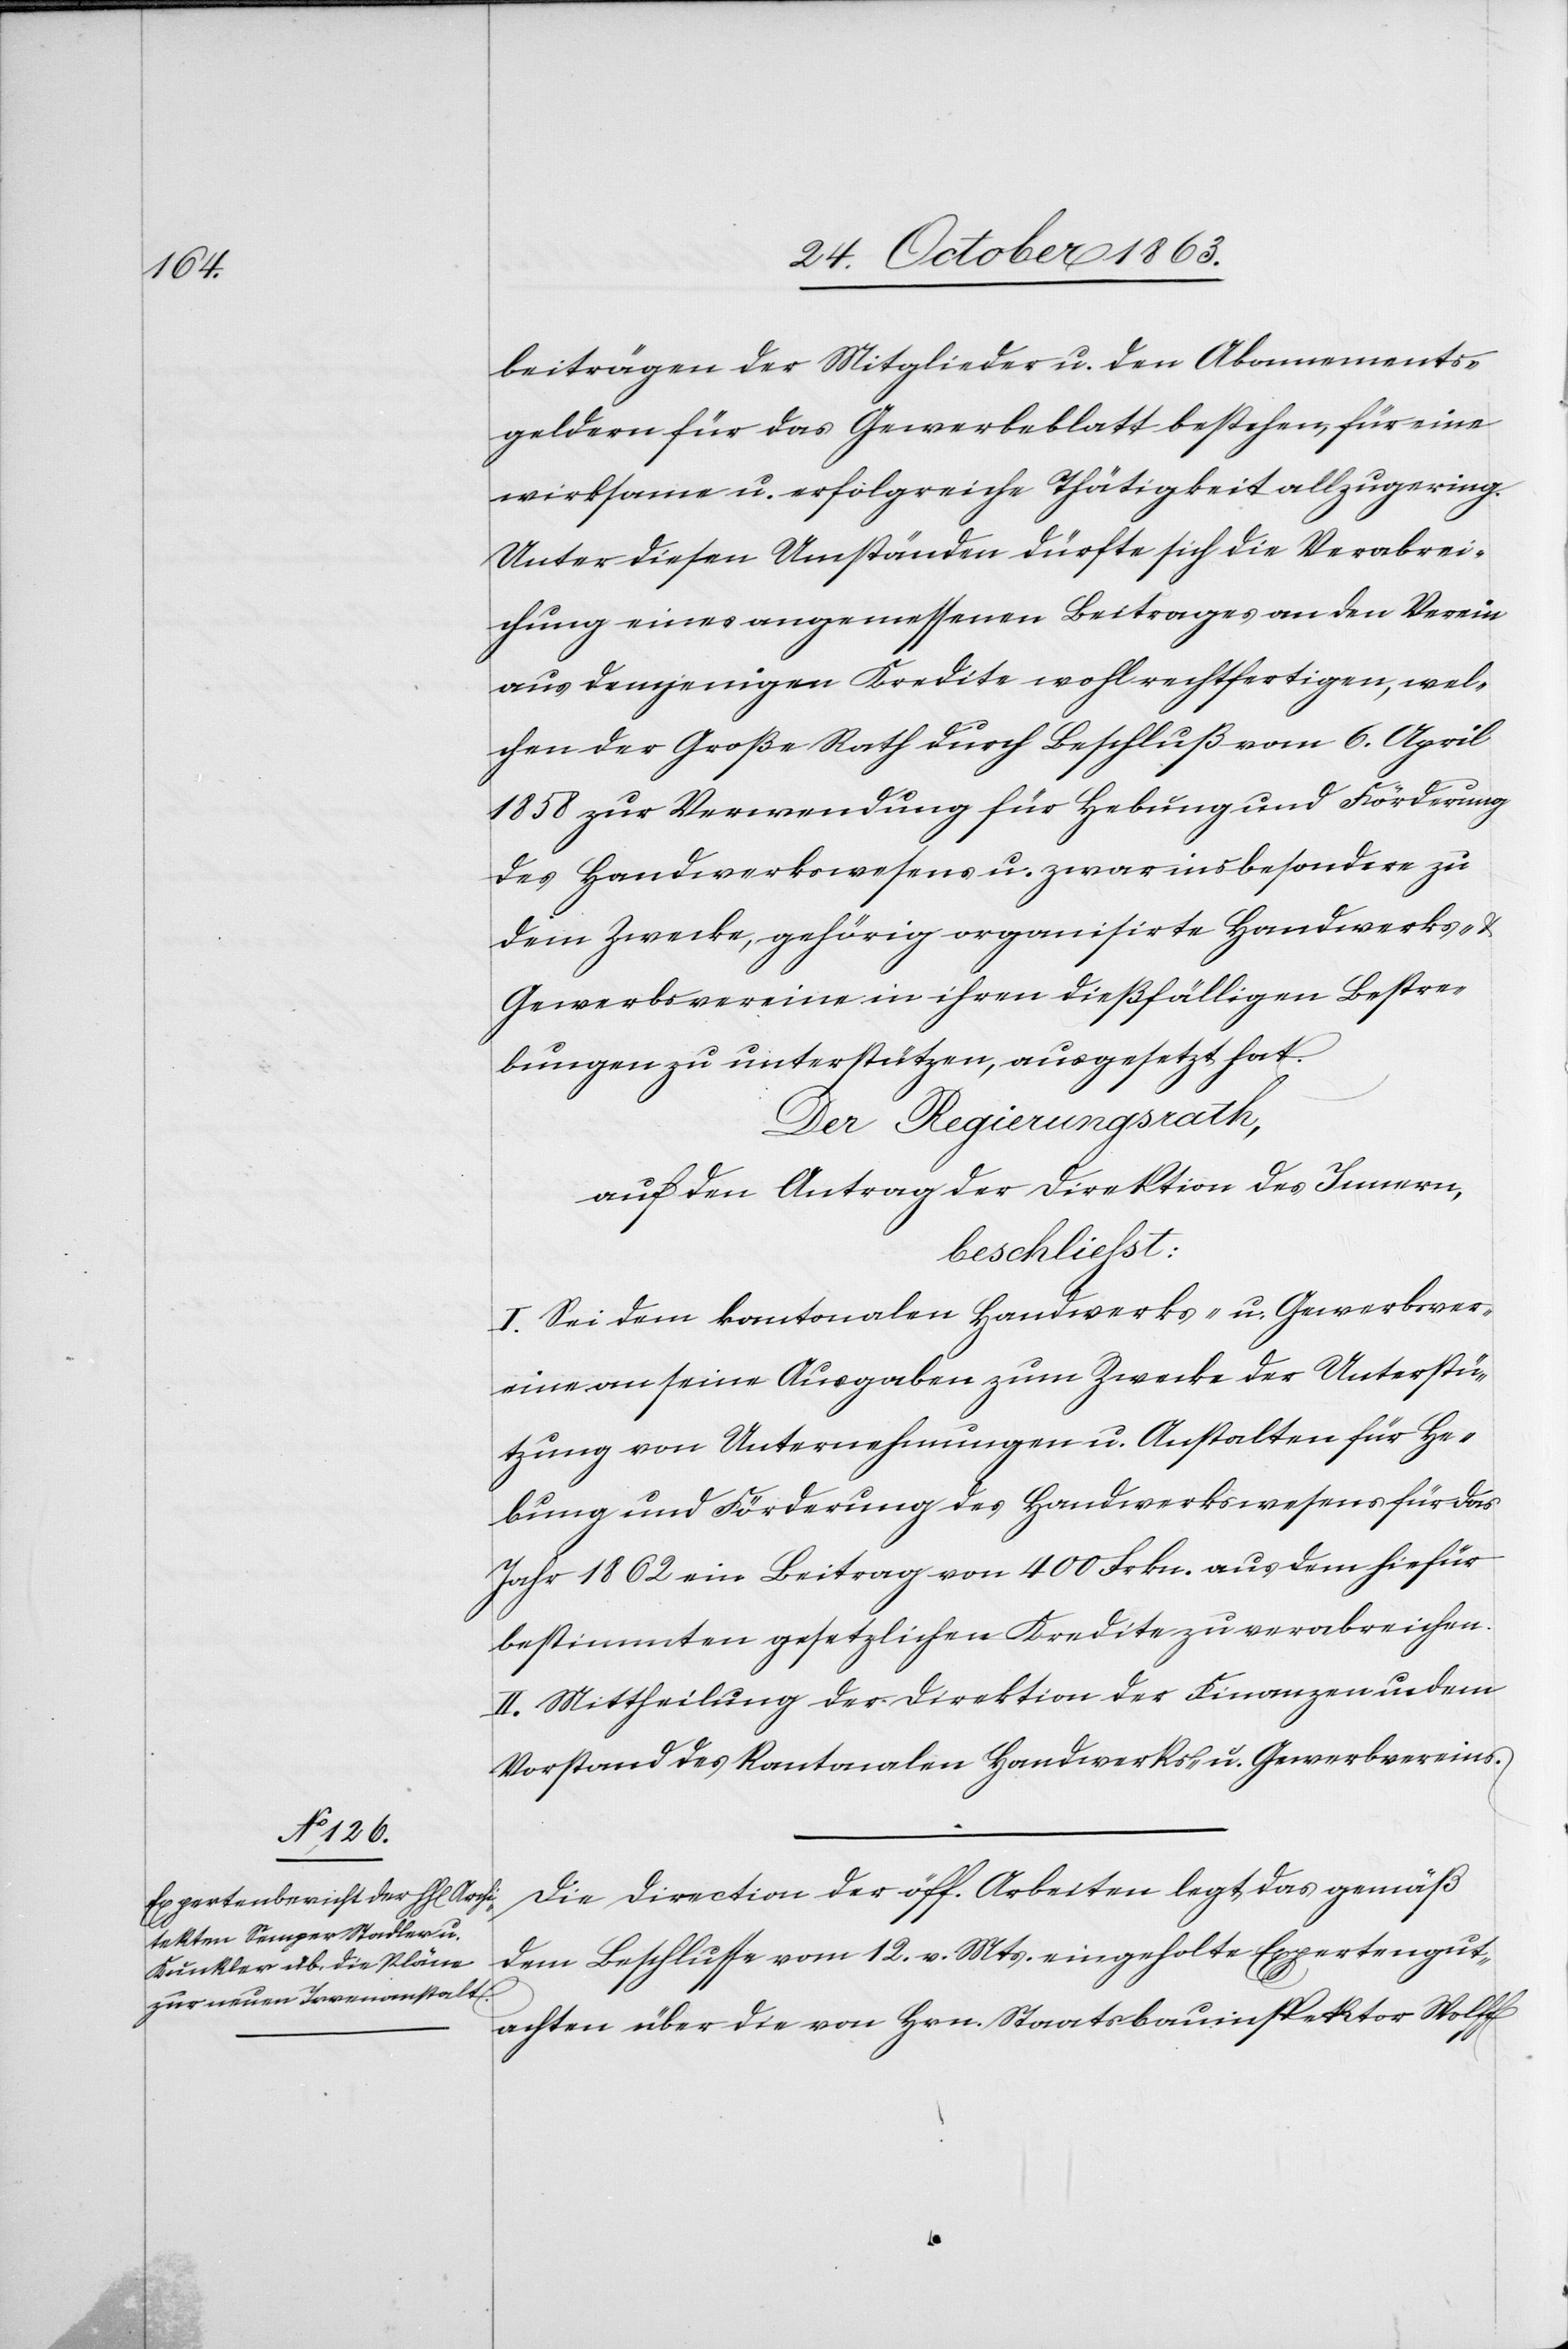
beiträgen der Mitglieder u. den Abonnements¬
geldern für das Gewerbeblatt bestehen, für eine
wirksame u. erfolgreiche Thätigkeit allzugering.
Unter diesen Umständen dürfte sich die Verabrei¬
chung eines angemessenen Beitrages an den Verein
aus demjenigen Kredite wohl rechtfertigen, wel¬
chen der Große Rath durch Beschluß vom 6. April
1858 zur Verwendung für Hebung und Förderung
des Handwerkswesens u. zwar insbesondere zu
dem Zwecke, gehörig organisirte Handwerks-
Gewerbsvereine in ihren dießfälligen Bestre¬
bungen zu unterstützen, ausgesetzt hat.
Der Regierungsrath,
auf den Antrag der Direktion des Innern,
beschließt:
I. Sei dem kantonalen Handwerks- u. Gewerbsver¬
eine an seine Ausgaben zum Zwecke der Unterstü¬
tzung von Unternehmungen u. Anstalten für He¬
bung und Förderung des Handwerkswesens für das
Jahr 1862 ein Beitrag von 400 Frkn. aus dem hiefür
bestimmten gesetzlichen Kredite zu verabreichen.
II. Mittheilung der Direktion der Finanzen u. dem
Vorstand des kantonalen Handwerks- u. Gewerbvereins.
Die Direction der öff. Arbeiten legt das gemäß
dem Beschlusse vom 12. v. Mts. eingeholte Expertengut¬
achten über die von Hrn. Staatsbauinspektor Wolff